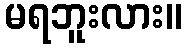
မရဘူးလား။